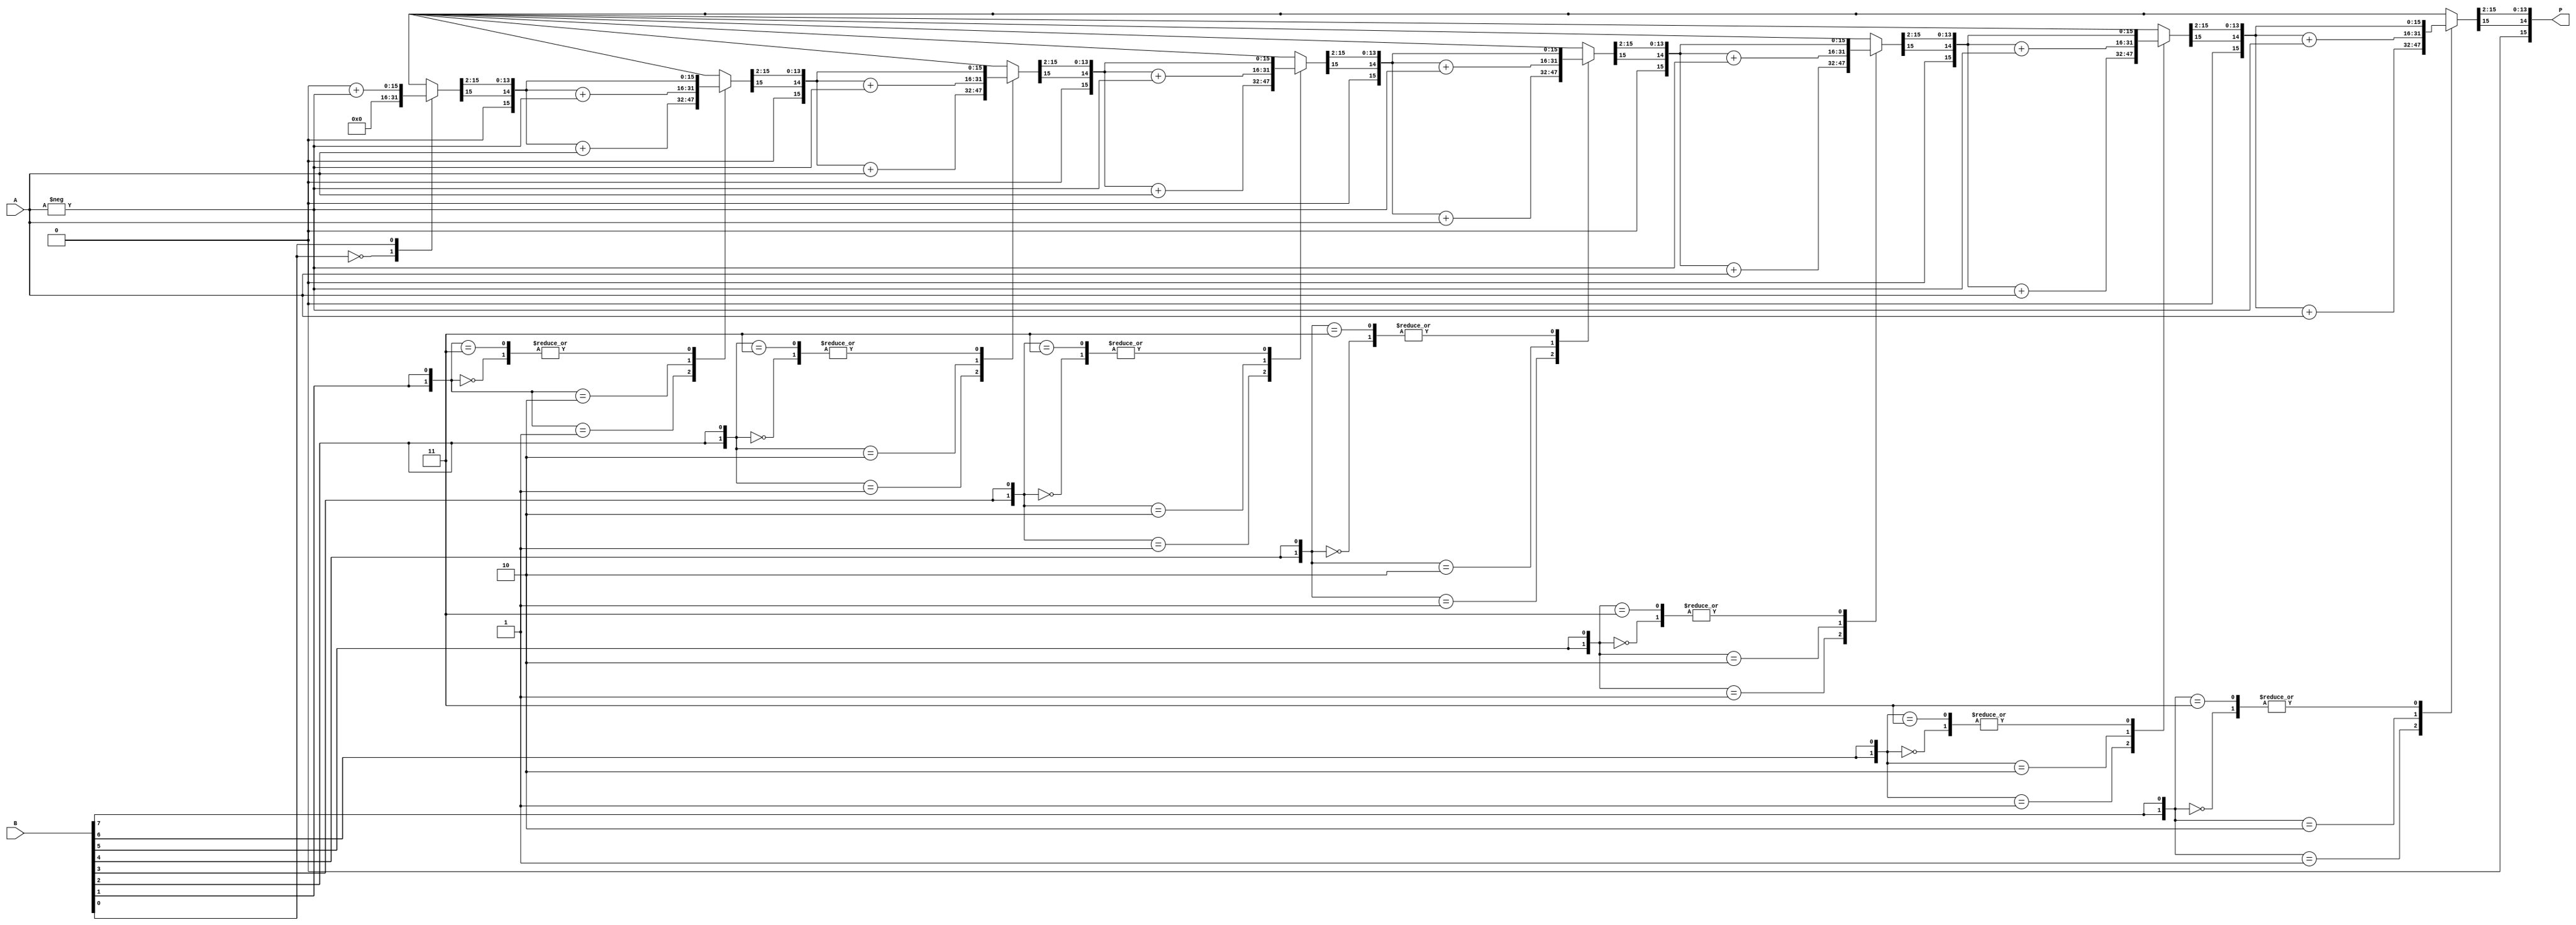
module booth_multiplier #(parameter WIDTH = 8) (
    input signed [WIDTH-1:0] A,   // Multiplicand
    input signed [WIDTH-1:0] B,   // Multiplier
    output reg signed [2*WIDTH-1:0] P // Product
);

    reg signed [WIDTH-1:0] M;      // Multiplicand register
    reg signed [WIDTH-1:0] Q;      // Multiplier register
    reg Q_1;                       // Previous bit of Q
    reg signed [2*WIDTH-1:0] A_neg; // Negative of A for subtraction
    integer i;

    // Initialize the registers and the product
    initial begin
        P = 0;
        Q_1 = 0;
        A_neg = -A; // Compute negative of A
    end

    always @(*) begin
        // Load values into registers
        M = A;
        Q = B;
        P = 0;
        Q_1 = 0;

        // Booth's multiplication algorithm
        for (i = 0; i < WIDTH; i = i + 1) begin
            case ({Q[0], Q_1})
                2'b00: begin
                    // No action, just shift
                end
                2'b01: begin
                    // Add M to P
                    P = P + M;
                end
                2'b10: begin
                    // Subtract M from P
                    P = P + A_neg;
                end
                2'b11: begin
                    // No action, just shift
                end
            endcase

            // Arithmetic right shift
            {P, Q} = {P[2*WIDTH-1], P[2*WIDTH-1:1], Q[WIDTH-1:1]}; // Shift P and Q
            Q_1 = Q[0]; // Update Q_1 to the previous LSB of Q
        end
    end
endmodule